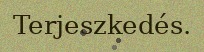
Terjeszkedés.